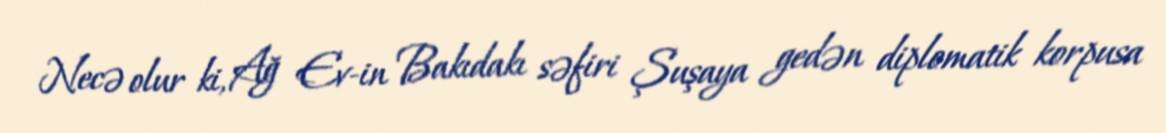
Necə olur ki, Ağ Ev-in Bakıdakı səfiri Şuşaya gedən diplomatik korpusa